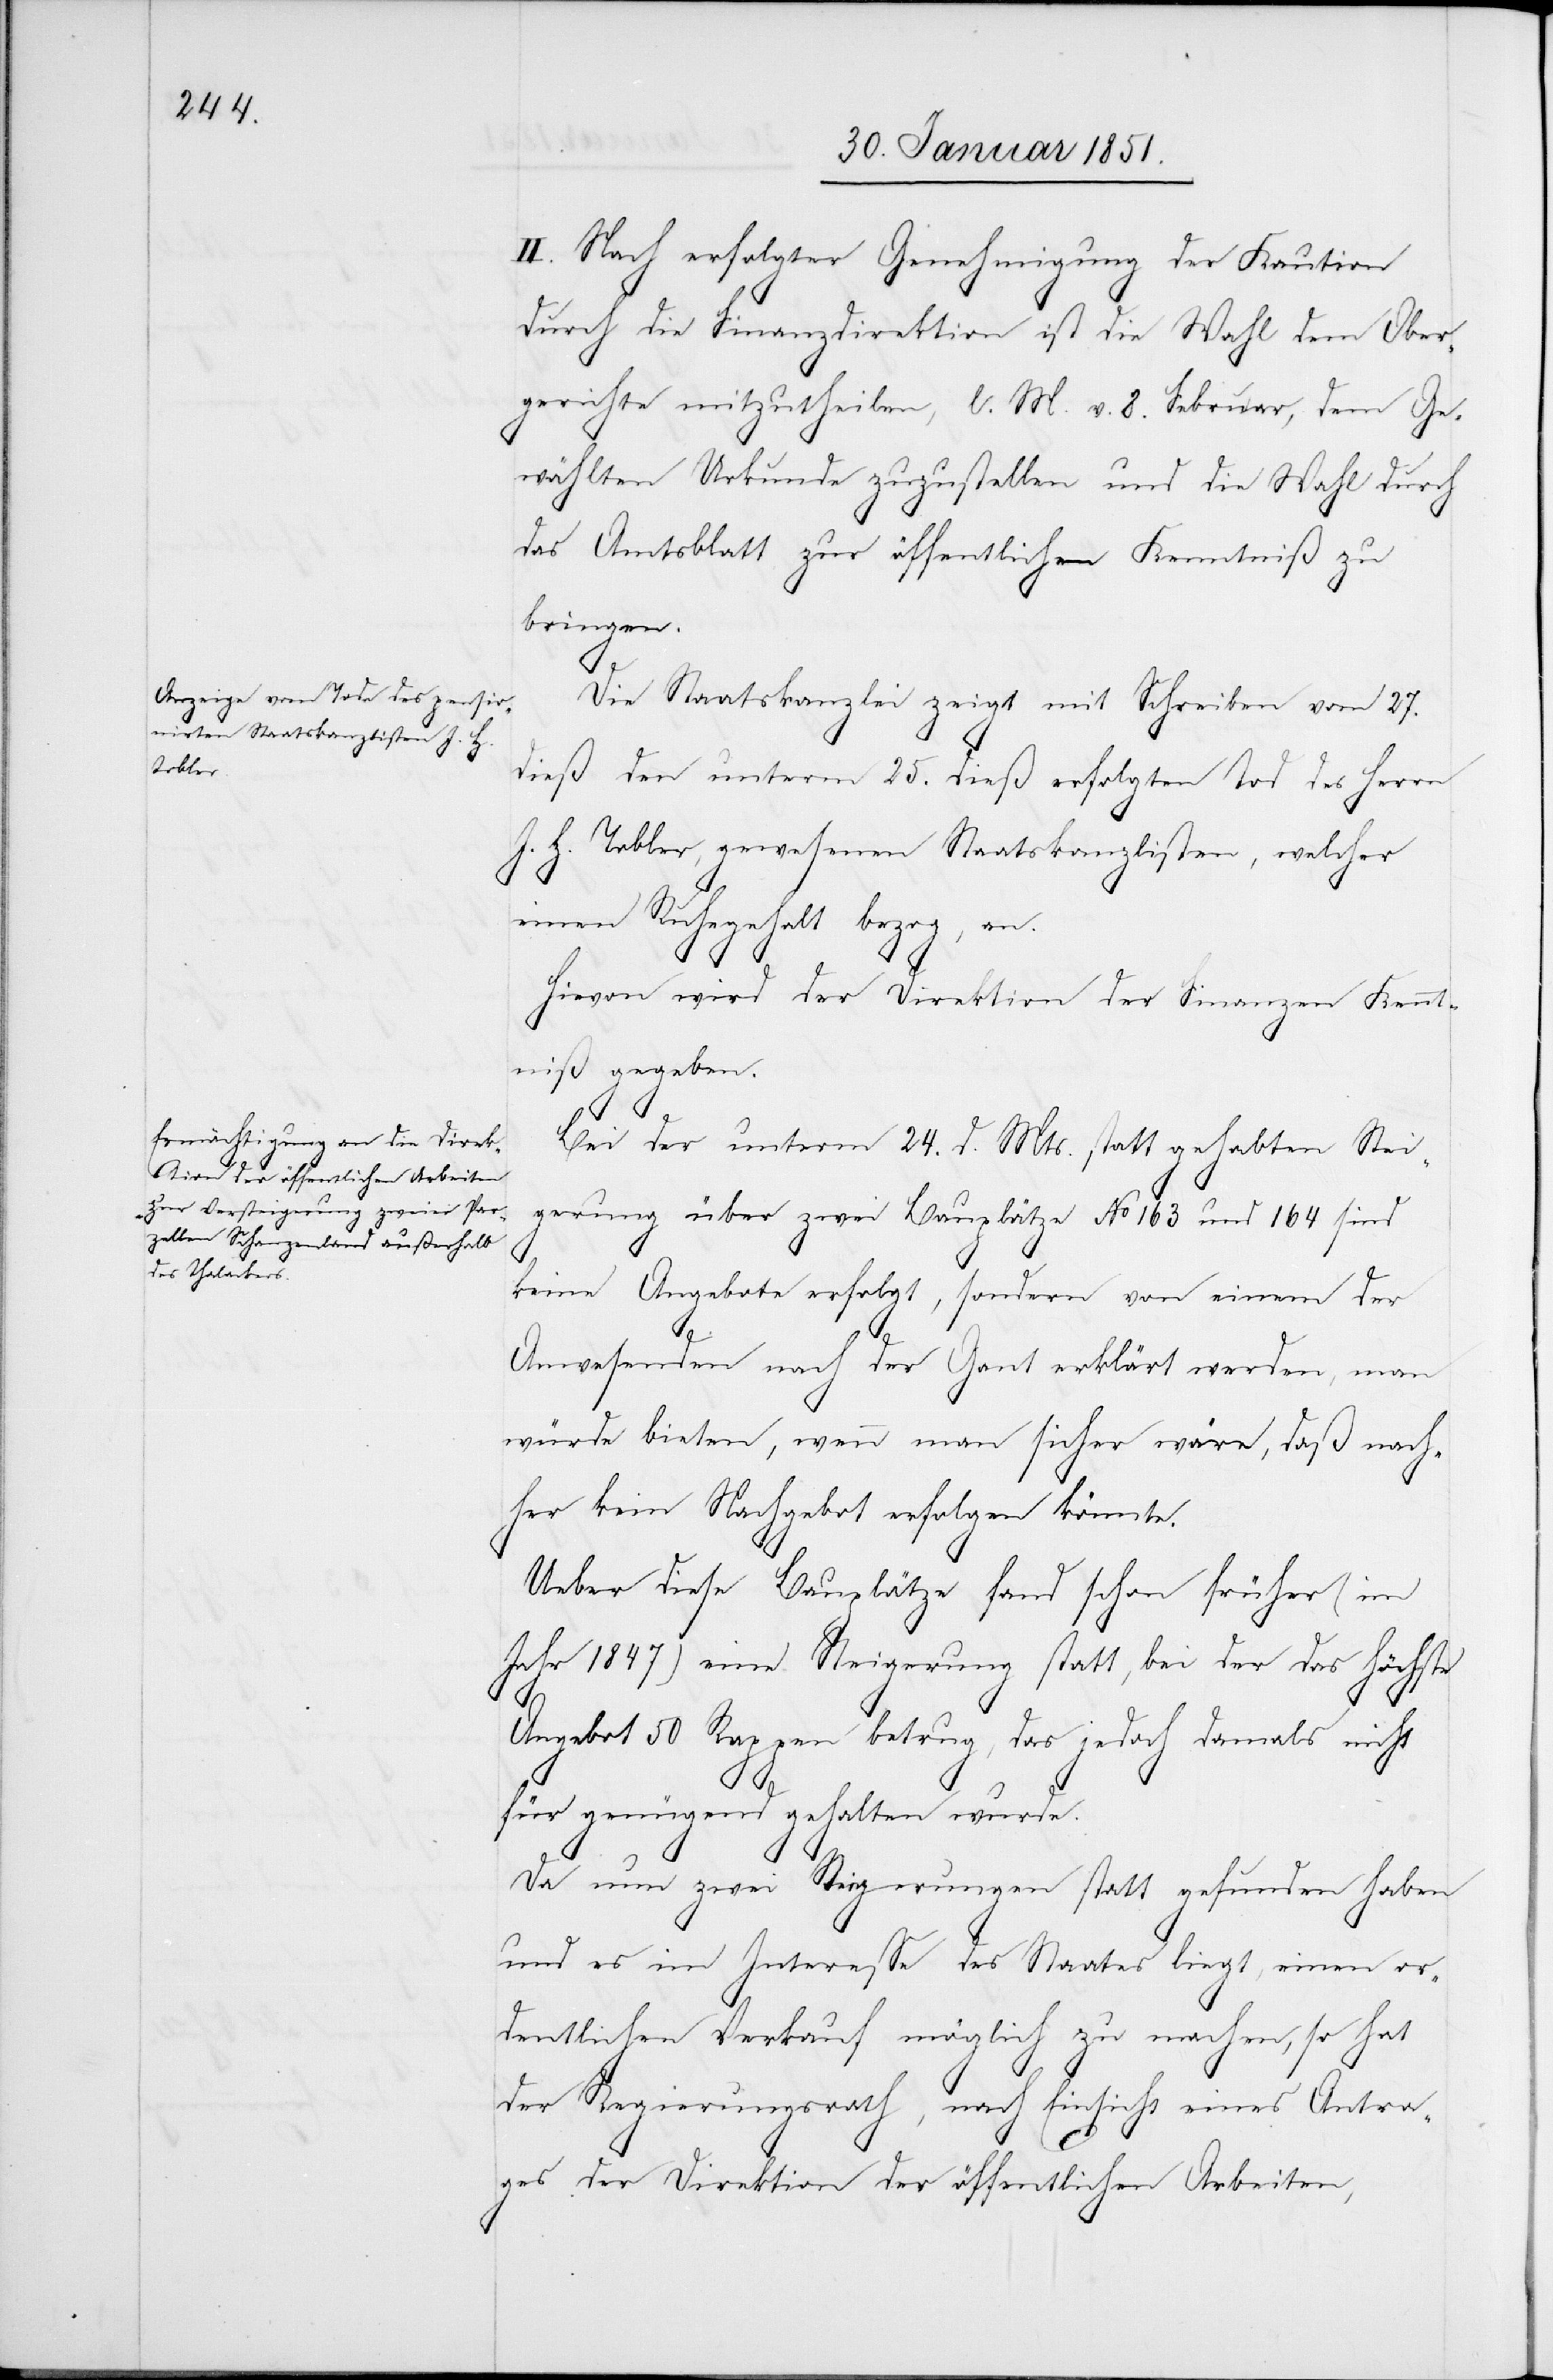
II. Nach erfolgter Genehmigung der Kaution
durch die Finanzdirektion ist die Wahl dem Ober¬
gerichte mitzutheilen, l. M. v. 8. Februar, dem Ge¬
wählten Urkunde zuzustellen und die Wahl durch
das Amtsblatt zur öffentlichen Kenntniß zu
bringen.
Die Staatskanzlei zeigt mit Schreiben vom 27.
dieß den unterm 25. dieß erfolgten Tod des Herrn
J. H. Tobler, gewesenen Staatskanzlisten, welcher
einen Ruhegehalt bezog, an.
Hievon wird der Direktion der Finanzen Kennt¬
niß gegeben.
Bei der unterm 24. d. Mts. statt gehabten Stei¬
gerung über zwei Bauplätze No 163 und 164 sind
keine Angebote erfolgt, sondern von einem der
Anwesenden nach der Gant erklärt werden
würde bieten, wenn man sicher wäre, daß nach¬
her kein Nachgebot erfolgen könnte.
Ueber diese Bauplätze fand schon früher (im
Jahr 1847) eine Steigerung statt, bei der das höchste
Angebot 50 Rappen betrug, das jedoch damals nicht
für genügend gehalten wurde.
Da nun zwei Steigerungen statt gefunden haben
und es im Interesse des Staates liegt, einen or¬
dentlichen Verkauf möglich zu machen, so hat
der Regierungsrath, nach Einsicht eines Antra¬
ges der Direktion der öffentlichen Arbeiten,